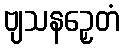
ဗျသနဉှေတံ